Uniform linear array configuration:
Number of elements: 64
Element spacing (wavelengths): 1
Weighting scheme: kaiser
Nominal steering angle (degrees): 60
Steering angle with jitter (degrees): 58.94
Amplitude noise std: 0.05
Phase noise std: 0.05

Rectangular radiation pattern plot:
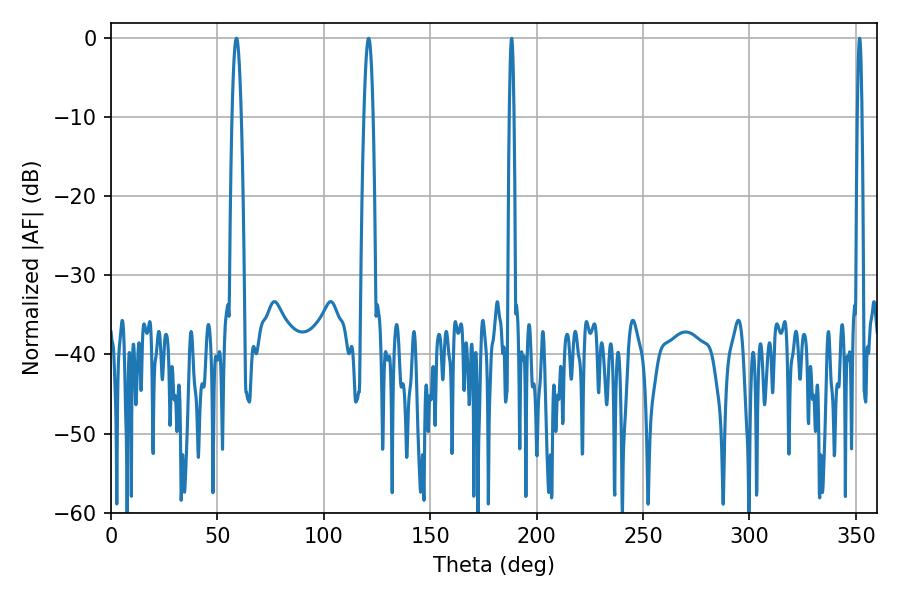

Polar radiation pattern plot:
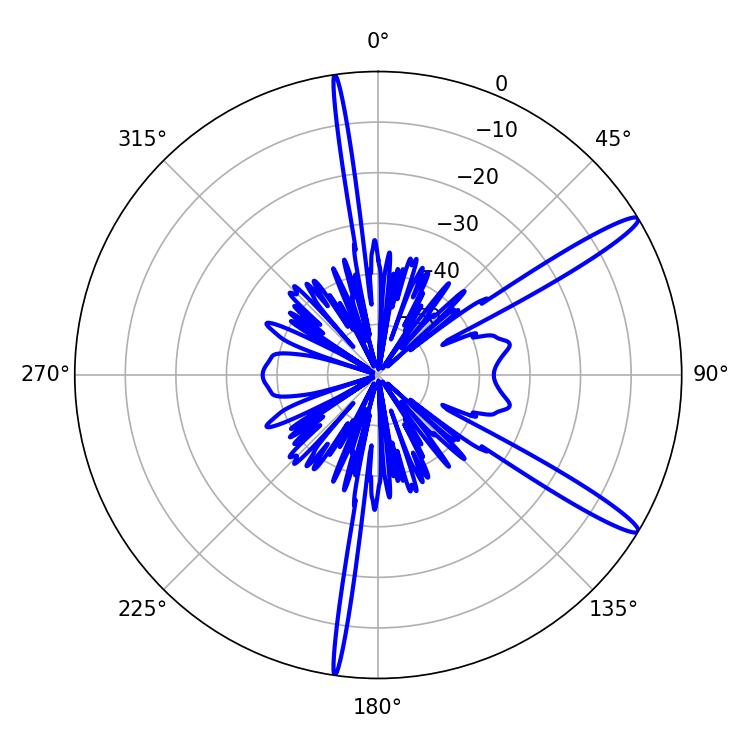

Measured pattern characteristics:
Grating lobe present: TRUE
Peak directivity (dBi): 14.468
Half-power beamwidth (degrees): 1.08
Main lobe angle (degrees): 188.28